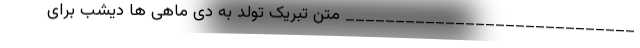
_____________________________ متن تبریک تولد به دی ماهی ها دیشب برای